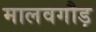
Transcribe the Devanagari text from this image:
मालवगौड़